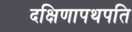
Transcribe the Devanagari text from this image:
दक्षिणापथपति